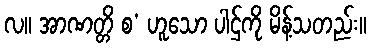
လ။ အာဏတ္တိ စ’ ဟူသော ပါဌ်ကို မိန့်သတည်း။